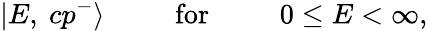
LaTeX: |E,\ cp^{-}\rangle\phantom{00000}\mathrm{for}\phantom{00000}0\leq E<\infty,